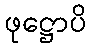
ဖုဋ္ဌောပိ